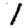
Digit: 1